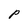
Character: P